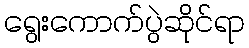
ရွေးကောက်ပွဲဆိုင်ရာ